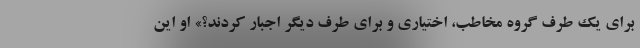
برای یک طرف گروه مخاطب، اختیاری و برای طرف دیگر اجبار کردند؟» او این